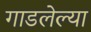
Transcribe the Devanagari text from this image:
गाडलेल्या